Vaccination report Assam 1896-1927 - 1896-1927
Year: 1896
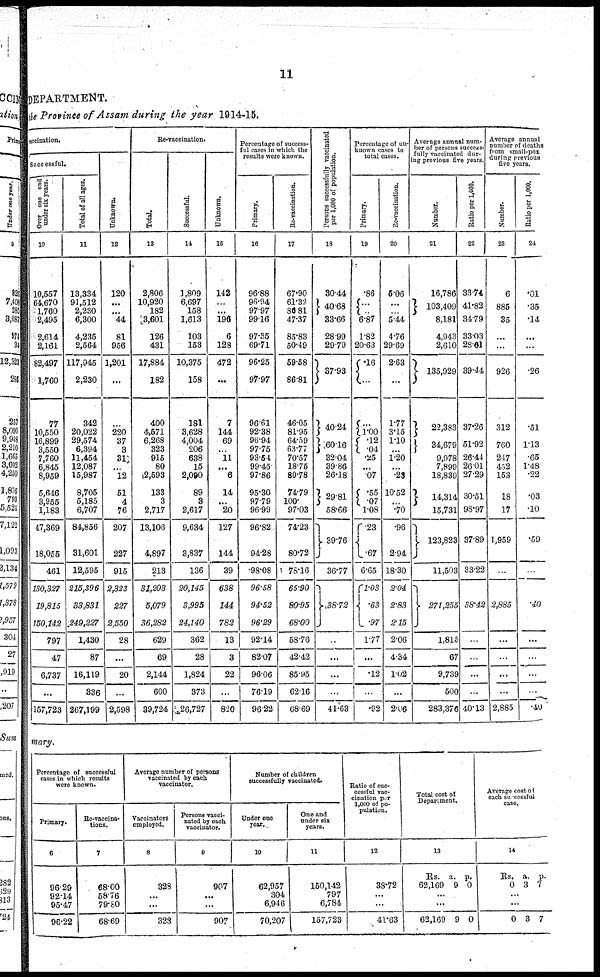
11
DEPARTMENT.
the Province of Assam during the year 1914-15.
vaccination.
Successful.
Over one and
under six years.
10
10,557
64,670
1,760
2,495
2,614
2,161
82,497
1,760
77
10,550
16,899
3,550
7,760
6,845
8,959
5,646
3,955
1,183
47,369
18,055
461
130,327
19,815
150,142
797
47
6,737
...
157,723
Total of all ages.
11
13,334
91,512
2,230
6,300
4,235
2,564
117,945
2,230
342
20,022
29,574
6,394
11,454
12,087
15,987
8,705
5,185
6,707
84,856
31,601
12,595
215,396
33,831
249,227
1,430
87
16,119
336
267,199
Unknown.
12
120
...
...
44
81
956
1,201
...
...
220
37
3
31
...
12
51
4
76
207
227
915
2,323
227
2,550
28
...
20
...
2,598
Re-vaccination.
Total.
13
2,806
10,920
182
3,601
126
431
17,884
182
400
4,571
6,268
323
915
80
12,593
133
3
2,717
13,106
4,897
213
31,203
5,079
36,282
629
69
2,144
600
39,724
Successful.
14
1,809
6,697
158
1,613
103
153
10,375
158
181
3,628
4,004
206
638
15
2,090
89
3
2,617
9,634
3,837
136
20,145
3,995
24,140
362
28
1,824
373
26,727
Unknown.
15
142
...
...
196
6
128
472
...
7
144
69
...
11
...
6
14
...
20
127
144
39
638
144
782
13
3
22
...
820
Percentage of success-
ful cases in which the
results were known.
Primary.
16
96.88
96.94
97.97
99.16
97.35
69.71
96.25
97.97
96.61
92.38
96.94
97.75
93.54
99.45
97.86
95.30
97.79
96.99
96.82
94.28
98.08
96.58
94.52
96.29
92.14
82.07
96.06
76.19
96.22
Re-vaccination.
17
67.90
61.32
86.81
47.37
85.83
50.49
59.58
86.81
46.05
81.95
64.59
63.77
70.57
18.75
80.78
74.79
100.
97.03
74.23
80.72
78.16
65.90
80.95
68.00
58.76
42.42
85.95
62.16
68.69
Persons successfully vaccinated
per 1,000 of population.
18
30.44
40.68
33.66
28.99
29.79
37.93
40.24
60.16
32.04
39.86
26.18
29.81
58.66
39.76
36.77
38.72
...
...
...
...
41.63
Percentage of un-
known cases to
total cases.
Primary.
19
.86
...
...
6.87
1.82
20.63
.16
...
...
1. 00
.12
.04
.25
...
.07
.55
.07
1.08
.23
.67
6.65
1.03
.63
.97
1.77
...
.12
...
.92
Re-vaccination.
20
5.06
...
...
5.44
4.76
29.69
2.63
...
1.77
3.15
1.10
...
1.20
...
.23
10.52
...
.70
.96
2.94
18.30
2.04
2.83
2.15
2.06
4.34
1.02
...
2.06
Average annual num-
ber of persons success-
fully vaccinated dur-
ing previous five years.
Number.
21
16,786
103,409
8,181
4,943
2,610
135,929
22,383
34,679
9,978
7,899
18,839
14,314
15,731
123,823
11,503
271,255
1,815
67
9,739
500
283,376
Ratio per 1,000.
22
33.74
41.82
34.79
33.03
28.61
39.44
37.26
51.92
26.44
26.01
27.29
30.51
98.97
37.89
33.22
38.42
...
...
...
...
40.13
Average annual
number of deaths
from small-pox
during previous
five years.
Number.
23
6
885
35
...
...
926
312
760
247
452
153
18
17
1,959
...
2,885
...
...
...
...
2,885
Ratio per 1,000.
24
.01
.35
.14
...
...
.26
.51
1.13
.65
1.48
.22
.03
.10
.59
...
.40
...
...
...
...
.40
mary.
Percentage of successful
cases in which results
were known.
Primary.
6
96.29
92.14
95.47
96.22
Re-vaccina-
tions.
7
68.00
58.76
79.80
68.69
Average number of persons
vaccinated by each
vaccinator.
Vaccinators
employed.
8
328
...
...
328
Persons vacci-
nated by each
vaccinator.
9
907
...
...
907
Number of children
successfully vaccinated.
Under one
year.
10
62,957
304
6,946
70,207
One and
under six
years.
11
150,142
797
6,784
157,723
Ratio of suc¬
cessful vac-
cination per
1,000 of po-
pulation.
12
38.72
...
...
41.63
Total cost of
Department.
13
Rs.
62,169
a.
9
p.
0
...
...
62,169 9 0
Average cost of
each successful
case.
14
Rs.
0
a.
3
p.
7
...
...
0 3 7